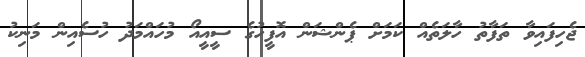
ޖެހިފައިވާ ތަފާތު ހާލަތެއް ކަމަށް ޕެންޝަން އޮފީހުގެ ސީއީއޯ މުހައްމަދު ހުސެއިން މަނިކު